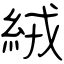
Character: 絨